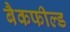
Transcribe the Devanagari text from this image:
बैकफील्ड